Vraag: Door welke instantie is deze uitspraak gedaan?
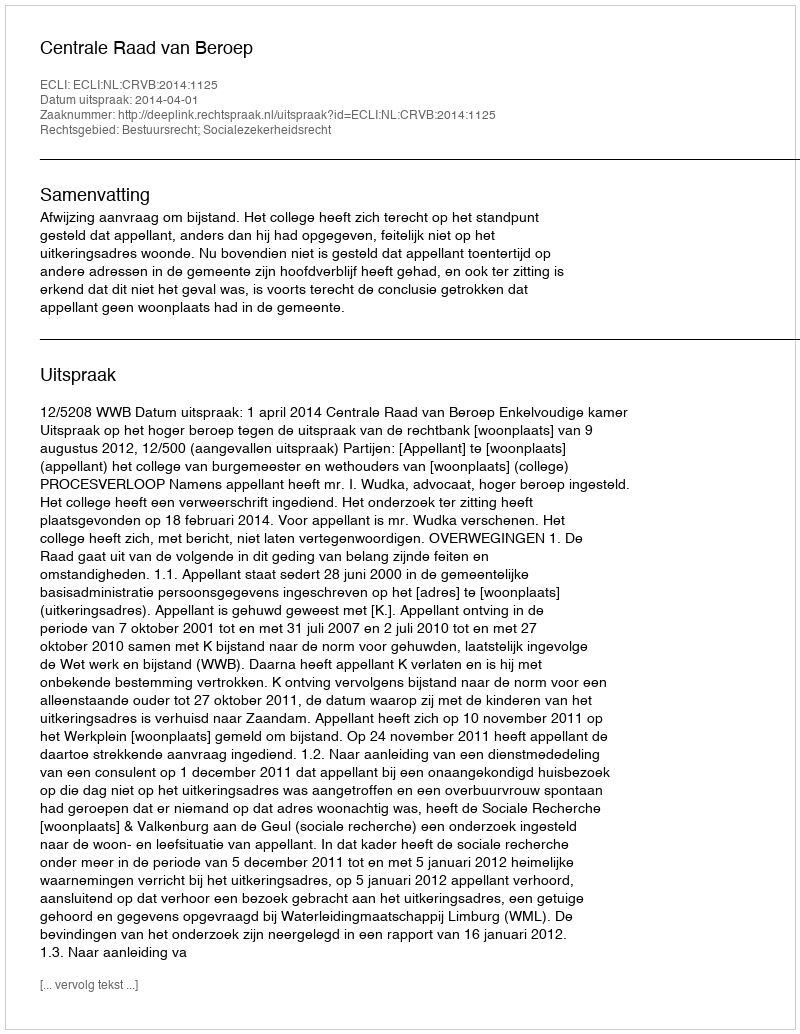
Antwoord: Centrale Raad van Beroep